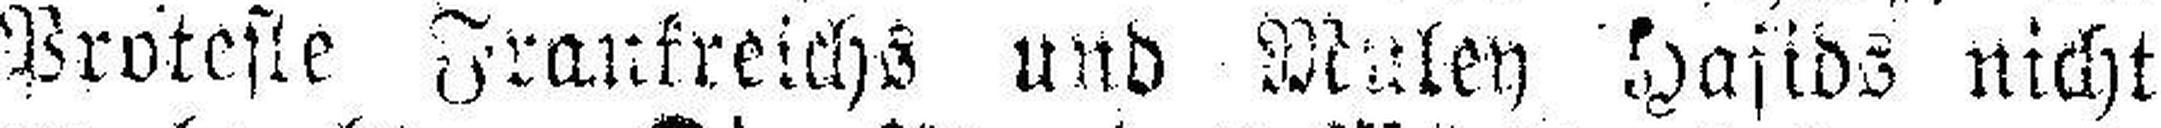
Proteste Frankreichs und Muley Haftds nicht